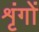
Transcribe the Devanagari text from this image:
शृंगों